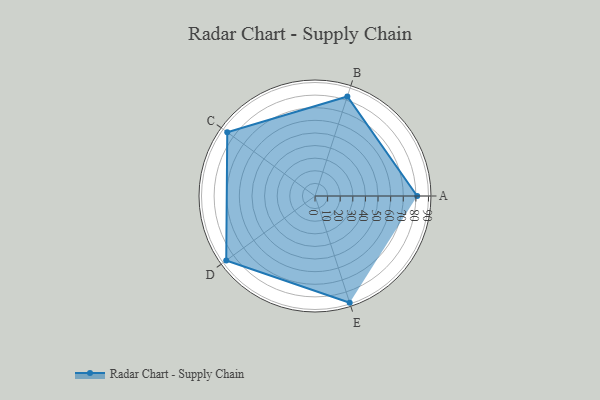
{"axis": {"x": "Skill", "y": "Score"}, "legend": ["Profile"], "data": [{"x": "A", "y": 81.0, "type": "Profile"}, {"x": "B", "y": 83.0, "type": "Profile"}, {"x": "C", "y": 86.0, "type": "Profile"}, {"x": "D", "y": 87.0, "type": "Profile"}, {"x": "E", "y": 89.0, "type": "Profile"}]}